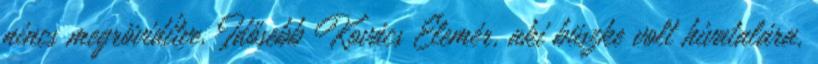
nincs megrövidítve. Idősebb Kovács Elemér, aki büszke volt hivatalára,